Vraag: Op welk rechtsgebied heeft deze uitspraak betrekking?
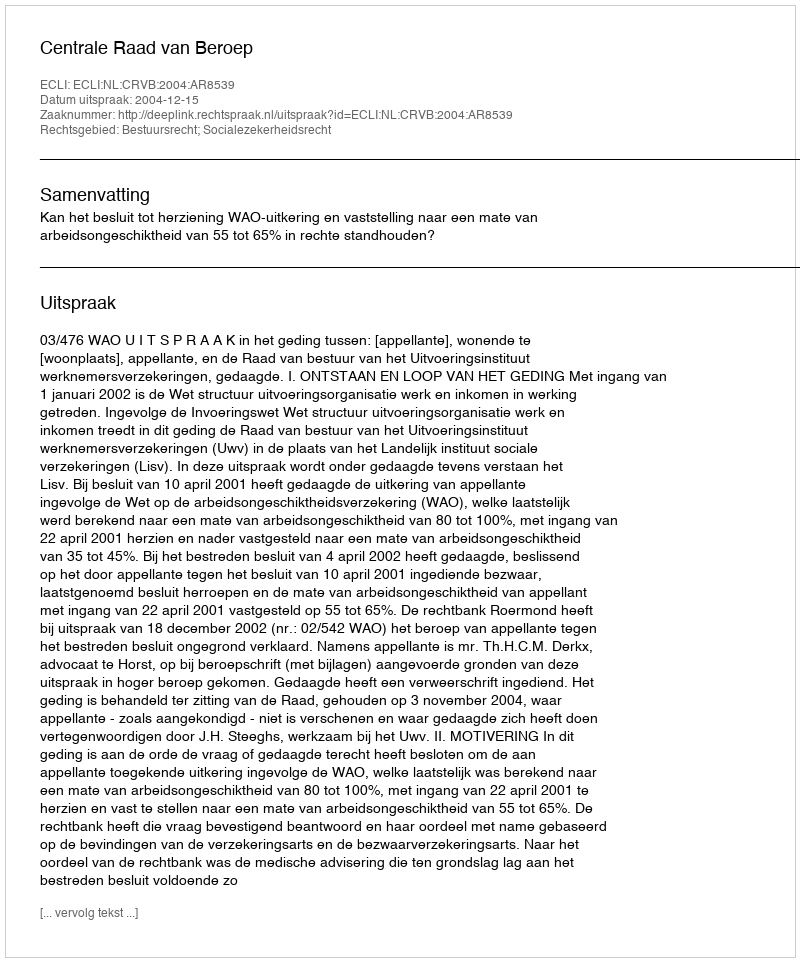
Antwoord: Bestuursrecht; Socialezekerheidsrecht